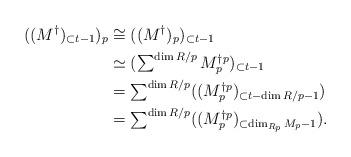
LaTeX: \begin{align*}((M^\dagger)_{\subset t-1})_p&\cong((M^\dagger)_p)_{\subset t-1}\\&\simeq(\textstyle\sum^{\dim R\slash p}M_p^{\dagger p})_{\subset t-1}\\&=\textstyle\sum^{\dim R\slash p}((M_p^{\dagger p})_{\subset t-\dim R\slash p-1})\\&=\textstyle\sum^{\dim R\slash p}((M_p^{\dagger p})_{\subset \dim_{R_p}M_p-1}).\end{align*}